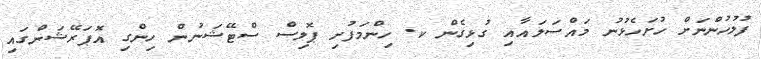
ފުލުހުންނަށް ހުށަހެޅުނު މައްސަލައާއި ގުޅިގެން ކ. ހިންމަފުށި ޕޮލިސް ސްޓޭޝަނުން ހިންގި އޮޕަރޭޝަންގައި